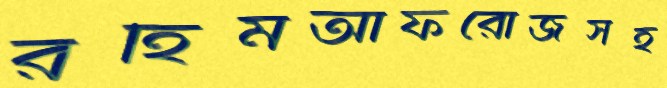
রহিমআফরোজসহ